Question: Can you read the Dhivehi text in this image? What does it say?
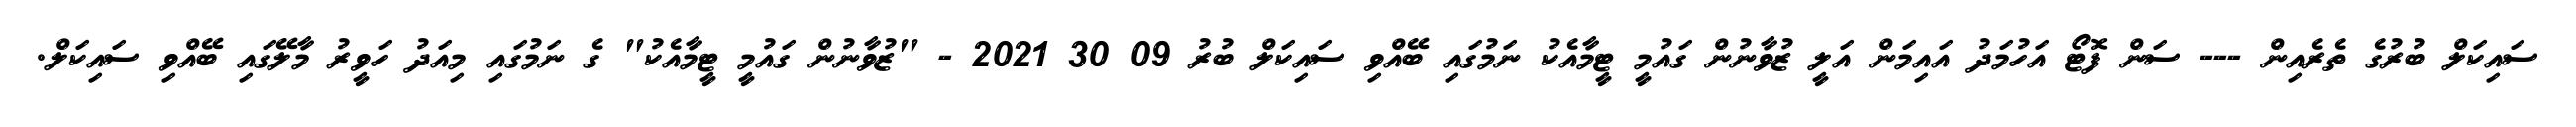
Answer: ސައިކަލް ބުރުގެ ތެރެއިން --- ސަން ފޮޓޯ އަހުމަދު އައިމަން އަލީ ޒުވާނުން ގައުމީ ޓީމާއެކު ނަމުގައި ބޭއްވި ސައިކަލް ބުރު 09 30 2021 - "ޒުވާނުން ގައުމީ ޓީމާއެކު" ގެ ނަމުގައި މިއަދު ހަވީރު މާލޭގައި ބޭއްވި ސައިކަލް.